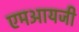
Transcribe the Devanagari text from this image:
एमआयजी